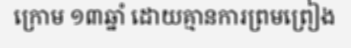
ក្រោម ១៣ឆ្នាំ ដោយគ្មានការព្រមព្រៀង